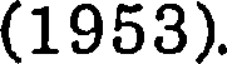
(1953).